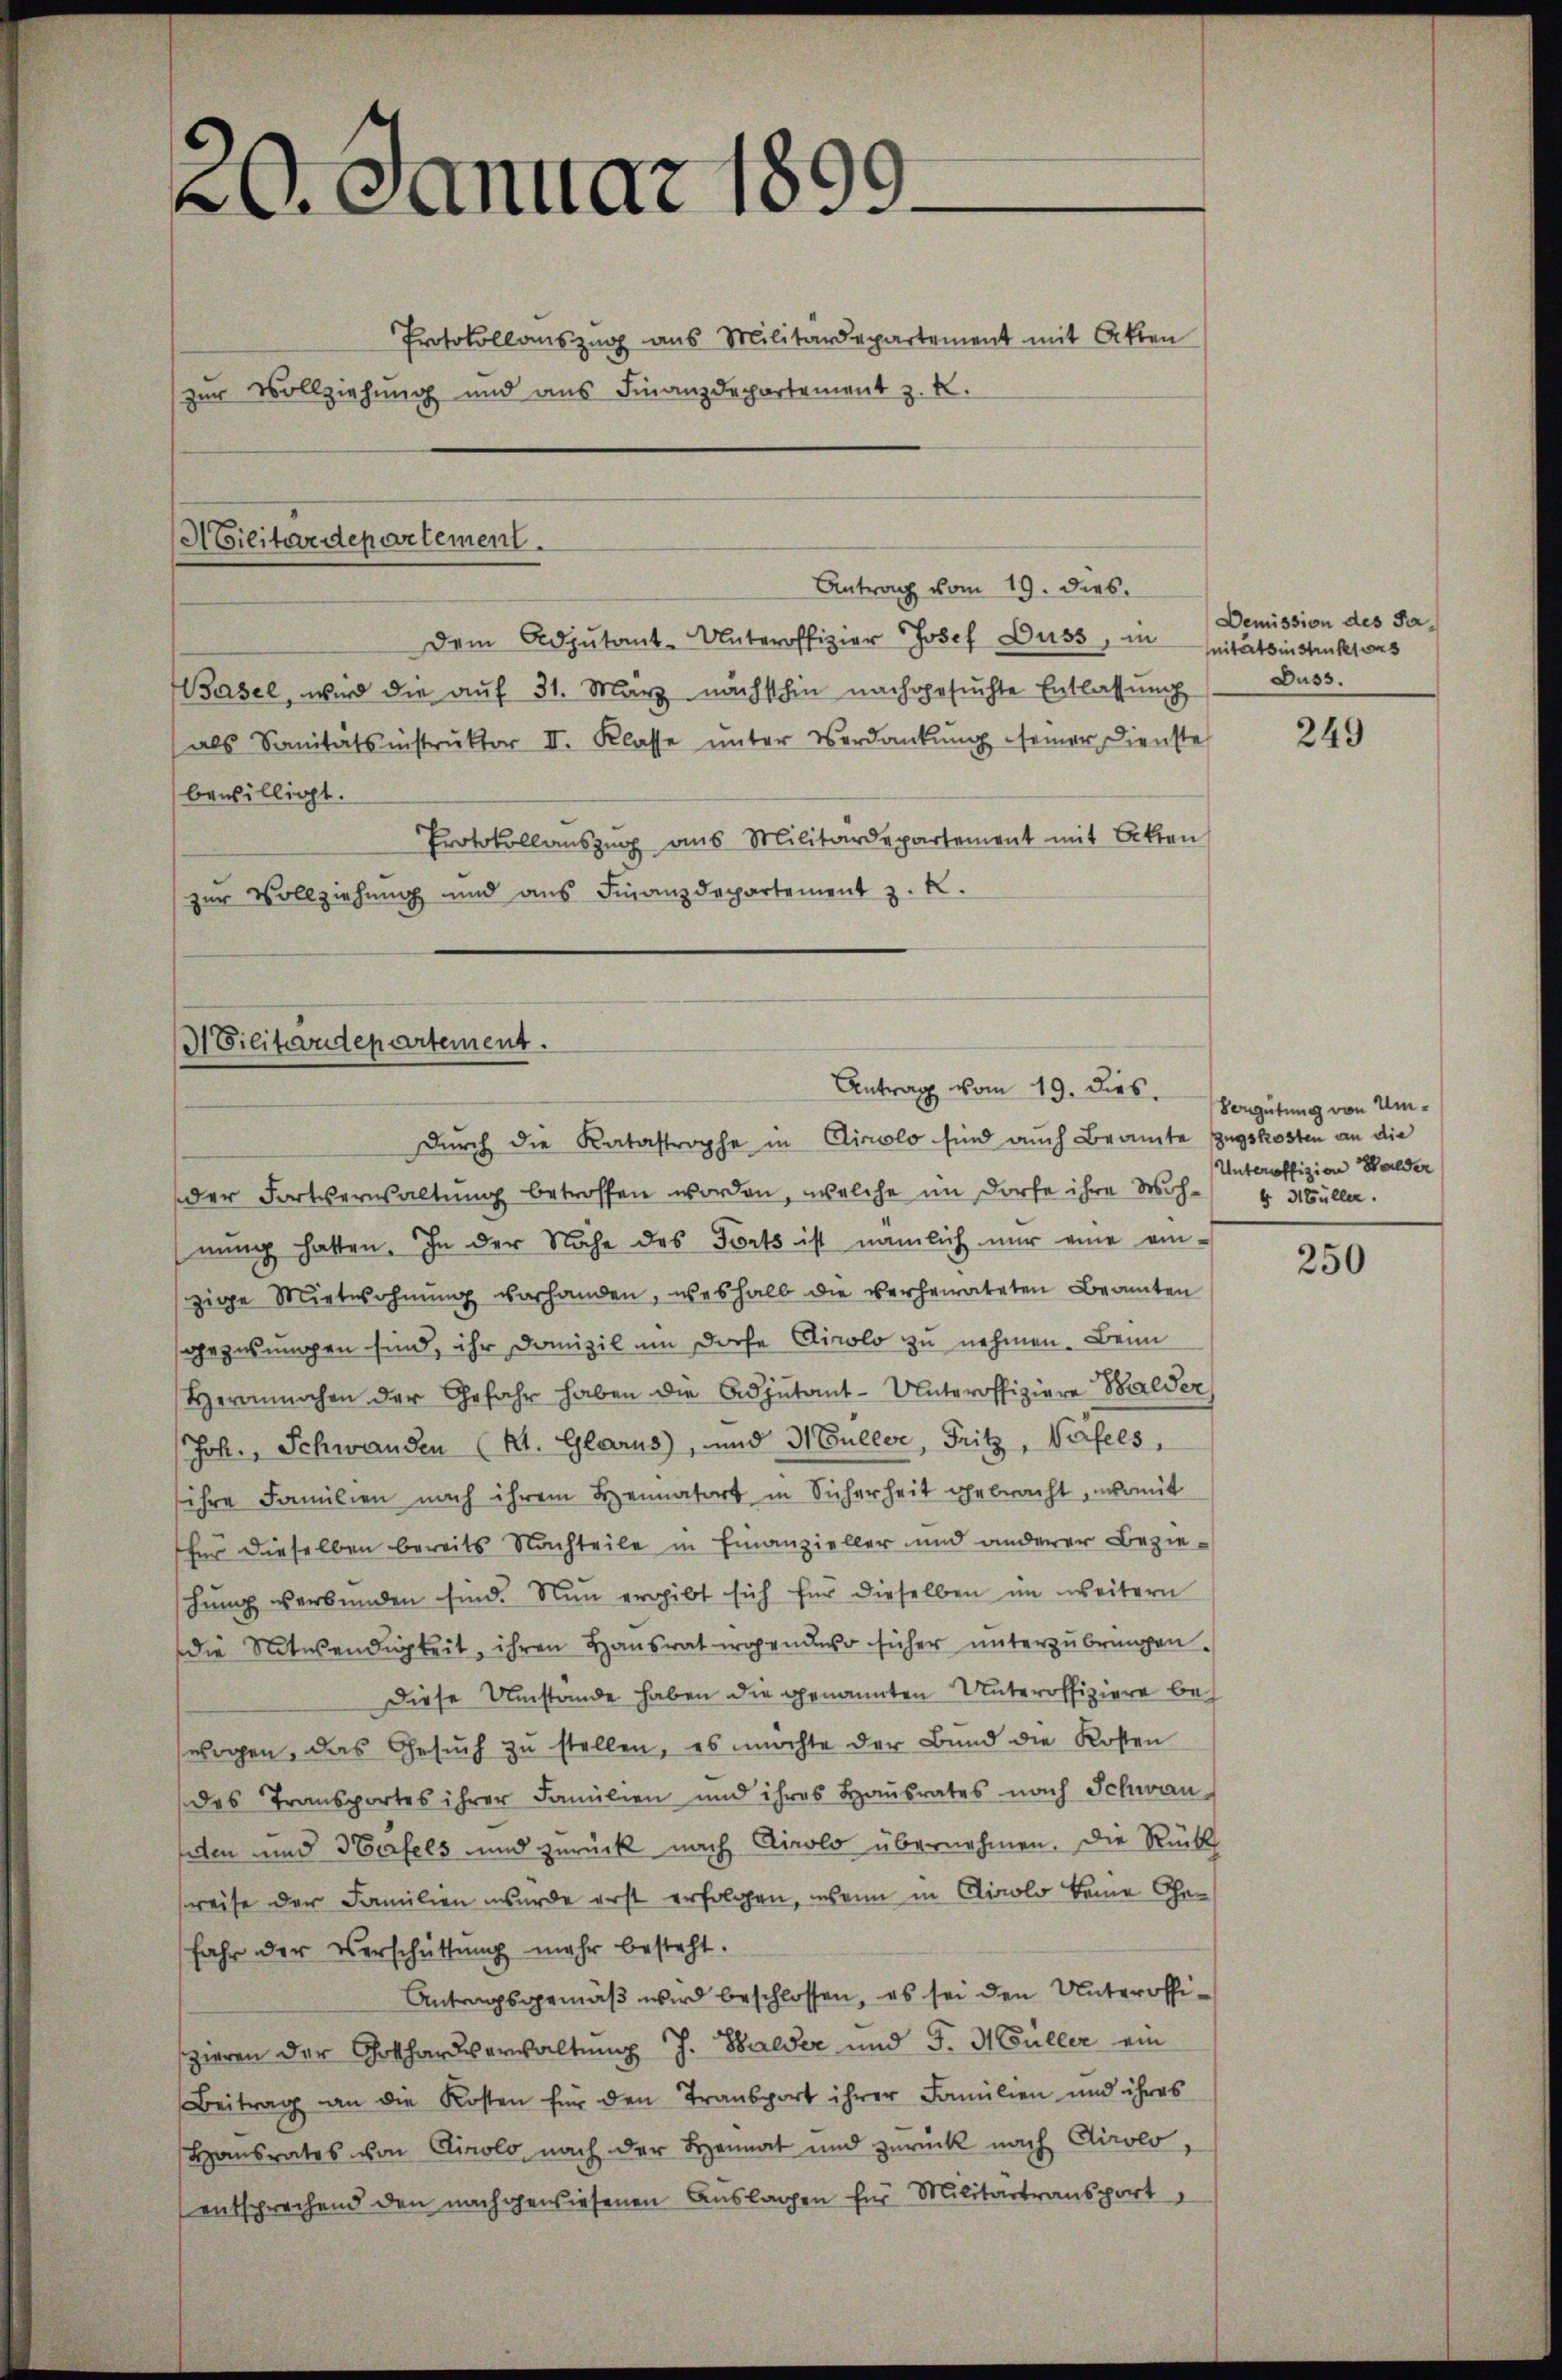
2. Januar 1099.

Protokollauszug aus Militärdepartement mit Akten
zur Vollziehung und aus Finanzdepartement z. K.

ACilitärdepartement.
Antrag vom 19. dies.

Dilitärdepartement.
Antrag vom 19. dies

Dem Adjutant-Unteroffizier Josef Duss, innitätsinstruktors
Basel, wird die aŭf 31. März nächsthin nachgesŭchte Entlassŭng Duss.
(als Sanitätsinstruktor II. Klasse ŭnter Verdankŭng seiner Dienste
bewilligt.
Protokollauszug aus Militärdepartement mit Beken
zur Vollziehung und ans Finanzdepartement z. K.

Durch die Katastrophe in Airolo sind auch Beamte Zugskosten an die
der Fortserwaltung betroffen worden, welche im Dorfe ihre Woh- & Süller.
nung hatten. In der Nähe des Forts ist nämlich nur eine ein-
zige Mitwohnung vorhanden, weshalb die verheirateten Beamten
gezwungen sind, ihr Domizil um doche Clirolo zu nehmen. Beim
Herannochen der Gefahr haben die Adjutant-Unteroffiziere Bilder
/Joh. Schwanden (St. Glarus), und 31 Buller, Fritz, Verfels,
ihre Familien nach ihrem Heimatort in Sicherheit gebracht, womit
für dieselben bereits Nachteile in Finanzieller und anderer Bezie-
schung verbunden sind. Nun ergibt sich für dieselben im weitern
die Notwendigkeit, ihren Hausrat irgende sicher unterzubringen.
Diese Umstände haben die genannten Unteroffiziere beh
wogen, das Gesŭch zŭ stellen, es möchte der Bund die Kosten
des Transportes ihrer Familien und ihres Hausrates nach Schwan-
den und Harfels und zurück nach Airolo übernehmen. Die Rück
sreise der Familien wurde erst erfolgen, wenn in Airolo keine Gefahr der Verschüttung mehr besteht.
Antragsgemäβ wird beschlossen, es sei den Unteroffiszieren der Gothardverwaltung J. Balder und J. Müller ein
Beitrag an die Kosten für den Transport ihrer Familien und ihres
Hausrates von Cirolo, nach der Heimat und zurück nach Cirolo,
(entsprechend den nachgewiesenen Auslagen für Militärtransport

Demission des Sa¬

249

Vergütung von Um¬
Unteroffizion Walder

250